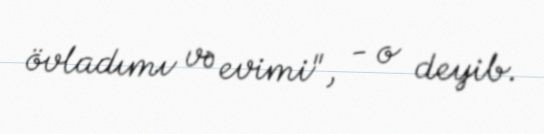
övladımı və evimi", - o deyib.